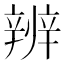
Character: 辨